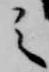
之